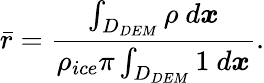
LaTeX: \bar{r}=\frac{\int_{D_{DEM}}\rho\ d\boldsymbol{x}}{\rho_{ice}\pi\int_{D_{DEM}}1\ d\boldsymbol{x}}.